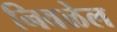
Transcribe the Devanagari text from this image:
निवळेल